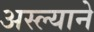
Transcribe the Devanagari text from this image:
अस्ल्याने